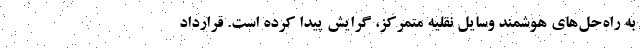
به راه‌حل‌های هوشمند وسایل نقلیه متمرکز، گرایش پیدا کرده است. قرارداد